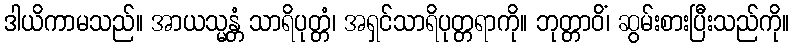
ဒါယိကာမသည်။ အာယသ္မန္တံ သာရိပုတ္တံ၊ အရှင်သာရိပုတ္တရာကို။ ဘုတ္တာဝိံ၊ ဆွမ်းစားပြီးသည်ကို။